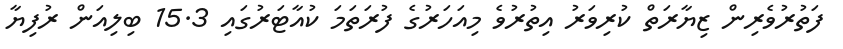
ފަތުރުވެރިން ޒިޔާރަތް ކުރިވަރު އިތުރުވެ މިއަހަރުގެ ފުރަތަމަ ކުއާޓަރުގައި 15.3 ބިލިއަން ރުފިޔާ